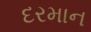
દરમાન